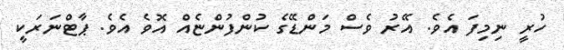
ހުރީ ނިމިފަ އެވެ. އޭރު ވެސް މަންޑޭގެ ކުންފުންޏެއް އޮވެ އެވެ. ޕާޓްނަރަކީ